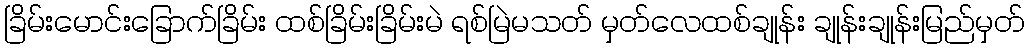
ခြိမ်းမောင်းခြောက်ခြိမ်း ထစ်ခြိမ်းခြိမ်းမဲ ရစ်မြဲမသတ် မှတ်လေထစ်ချုန်း ချုန်းချုန်းမြည်မှတ်